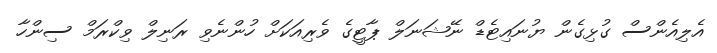
އެލިއެންސް ގުޅިގެން ޔުނައިޓެޑް ނޭޝަނަލް ޕާޓީގެ ވެރިއަކަށް ހުންނެވި ރަނިލް ވިކްރަމް ސިންހާ